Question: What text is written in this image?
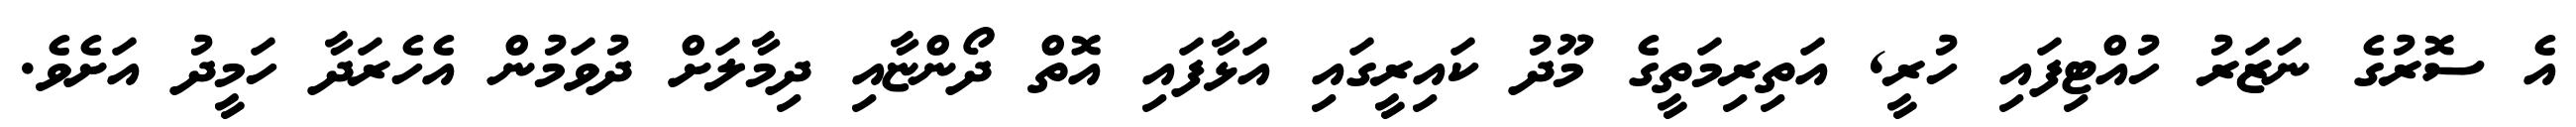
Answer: އެ ސޮރުގެ ނަޒަރު ހުއްޓިފައި ހުރީ, އަތިރިމަތީގެ މޫދު ކައިރީގައި އަޅާފައި އޮތް ދޯންޏާއި ދިމާލަށް ދުވަމުން އެހެރަދާ ހަމީދު އަށެވެ.